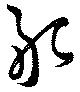
敢